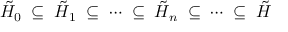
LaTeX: \tilde { { \cal H } } _ { 0 } \; \subseteq \; \tilde { { \cal H } } _ { 1 } \; \subseteq \; \cdots \; \subseteq \; \tilde { { \cal H } } _ { n } \; \subseteq \; \cdots \; \subseteq \; \tilde { { \cal H } }